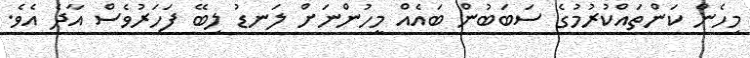
މިހެން ކަންތައްކުރުމުގެ ސަބަބުން ބައެއް މީހުންނަށް ލަނޑު ލިބޭ ފަހަރުވެސް އާދެ އެވެ.